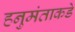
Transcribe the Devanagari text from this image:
हनुमंताकडे